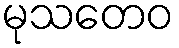
မုသတေဝ